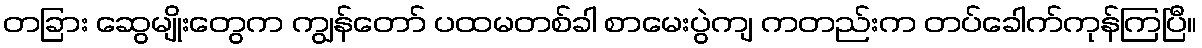
တခြား ဆွေမျိုးတွေက ကျွန်တော် ပထမတစ်ခါ စာမေးပွဲကျ ကတည်းက တပ်ခေါက်ကုန်ကြပြီ။